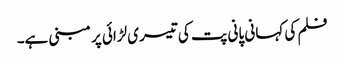
فلم کی کہانی پانی پت کی تیسری لڑائی پر مبنی ہے۔